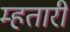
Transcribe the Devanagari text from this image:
म्हतारी